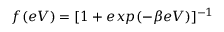
f ( e V ) = [ 1 + e x p ( - \beta e V ) ] ^ { - 1 }